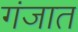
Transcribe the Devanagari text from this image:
गंजात